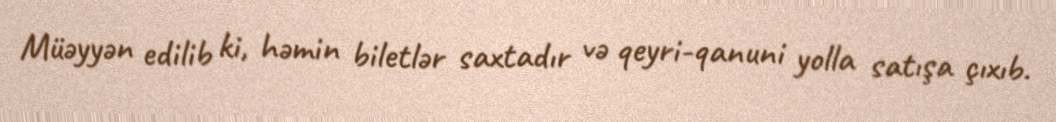
Müəyyən edilib ki, həmin biletlər saxtadır və qeyri-qanuni yolla satışa çıxıb.